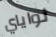
نواياي